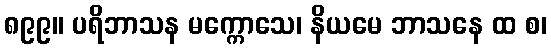
၈၉၉။ ပရိဘာသန မက္ကောသေ၊ နိယမေ ဘာသနေ ထ စ၊